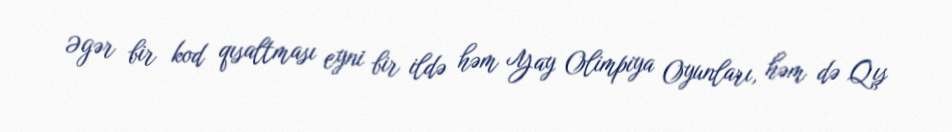
Əgər bir kod qısaltması eyni bir ildə həm Yay Olimpiya Oyunları, həm də Qış